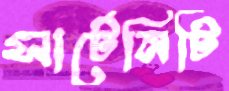
সার্টেনিটি